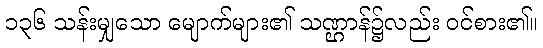
၁၃၆ သန်းမျှသော မျောက်များ၏ သဏ္ဌာန်၌လည်း ဝင်စား၏။